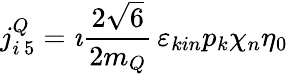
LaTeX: j_{i\, 5}^{Q}=\imath\frac{2\sqrt{6}}{2m_{Q}}\, \varepsilon_{kin}p_{k}\chi_{n}\eta_{0}